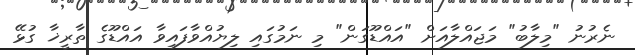
ނެރުނު "މިލާބު" މަޖައްލާއަށް "އައްޑޫގަން" މި ނަމުގައި ލިޔުއްވާފައިވާ އައްޑޫގެ ތާރީޚާ ގުޅޭ